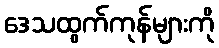
ဒေသထွက်ကုန်များကို